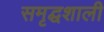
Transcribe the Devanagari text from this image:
समृद्घशाली